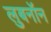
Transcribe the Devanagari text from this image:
लुबनॉन